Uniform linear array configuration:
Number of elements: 4
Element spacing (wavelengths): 0.75
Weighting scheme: uniform
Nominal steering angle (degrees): -30
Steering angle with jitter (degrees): -28.542
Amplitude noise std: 0.05
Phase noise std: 0.05

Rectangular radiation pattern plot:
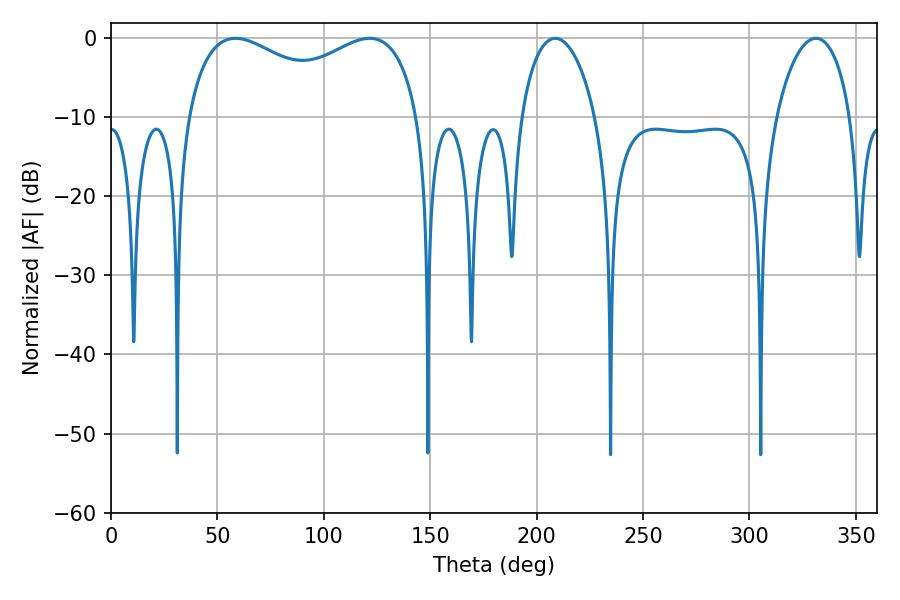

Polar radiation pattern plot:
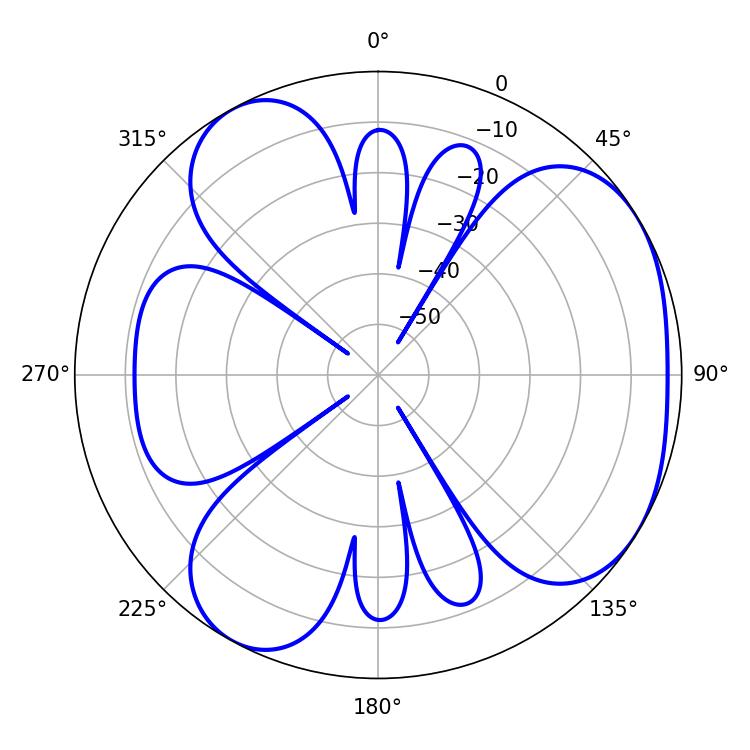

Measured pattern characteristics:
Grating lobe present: TRUE
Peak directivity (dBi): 4.388
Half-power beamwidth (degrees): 91.08
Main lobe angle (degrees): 58.5